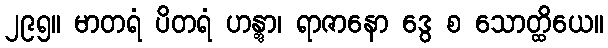
၂၉၅။ မာတရံ ပိတရံ ဟန္တွာ၊ ရာဇာနော ဒွေ စ သောတ္ထိယေ။